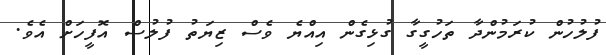
ފުލުހުން ކުރަމުންދާ ތަހުގީގާ ގުޅިގެން އިއްޔެ ވެސް ޒިޔަތު ފުލުސް އޮފީހަށް އެވެ.